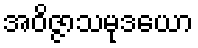
အဝိဇ္ဇာသမုဒယော